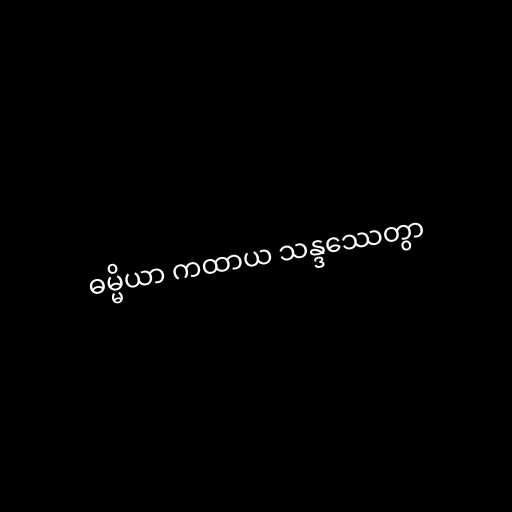
ဓမ္မိယာ ကထာယ သန္ဒဿေတွာ